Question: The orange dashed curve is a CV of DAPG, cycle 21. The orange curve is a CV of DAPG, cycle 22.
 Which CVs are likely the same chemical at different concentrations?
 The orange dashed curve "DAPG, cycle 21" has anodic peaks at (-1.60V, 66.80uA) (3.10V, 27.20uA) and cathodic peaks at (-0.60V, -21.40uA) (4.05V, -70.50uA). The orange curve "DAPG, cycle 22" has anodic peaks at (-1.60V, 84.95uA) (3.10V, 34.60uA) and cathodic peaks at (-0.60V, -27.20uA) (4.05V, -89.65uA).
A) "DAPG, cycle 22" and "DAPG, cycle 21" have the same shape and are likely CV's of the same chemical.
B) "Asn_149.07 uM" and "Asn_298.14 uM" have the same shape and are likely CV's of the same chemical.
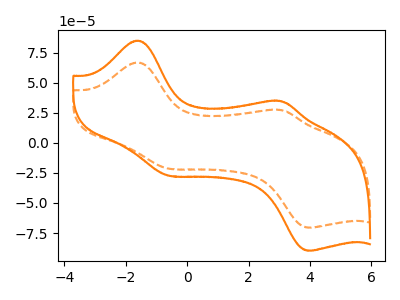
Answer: <think>All the peaks in "DAPG, cycle 21" have a peak in "DAPG, cycle 22" at the same potential. Every peak in "DAPG, cycle 21" is lower than every peak in "DAPG, cycle 22".
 </think>
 <answer>A) "DAPG, cycle 22" and "DAPG, cycle 21" have the same shape and are likely CV's of the same chemical.</answer>
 <eval>A</eval>